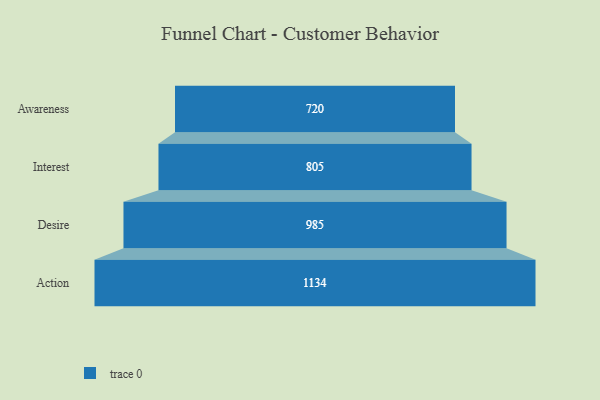
{"axis": {"x": "Stage", "y": "Value"}, "legend": [""], "data": [{"x": "Awareness", "y": 720.0, "type": ""}, {"x": "Interest", "y": 805.0, "type": ""}, {"x": "Desire", "y": 985.0, "type": ""}, {"x": "Action", "y": 1134.0, "type": ""}]}